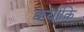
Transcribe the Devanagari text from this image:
क्केयोंकि